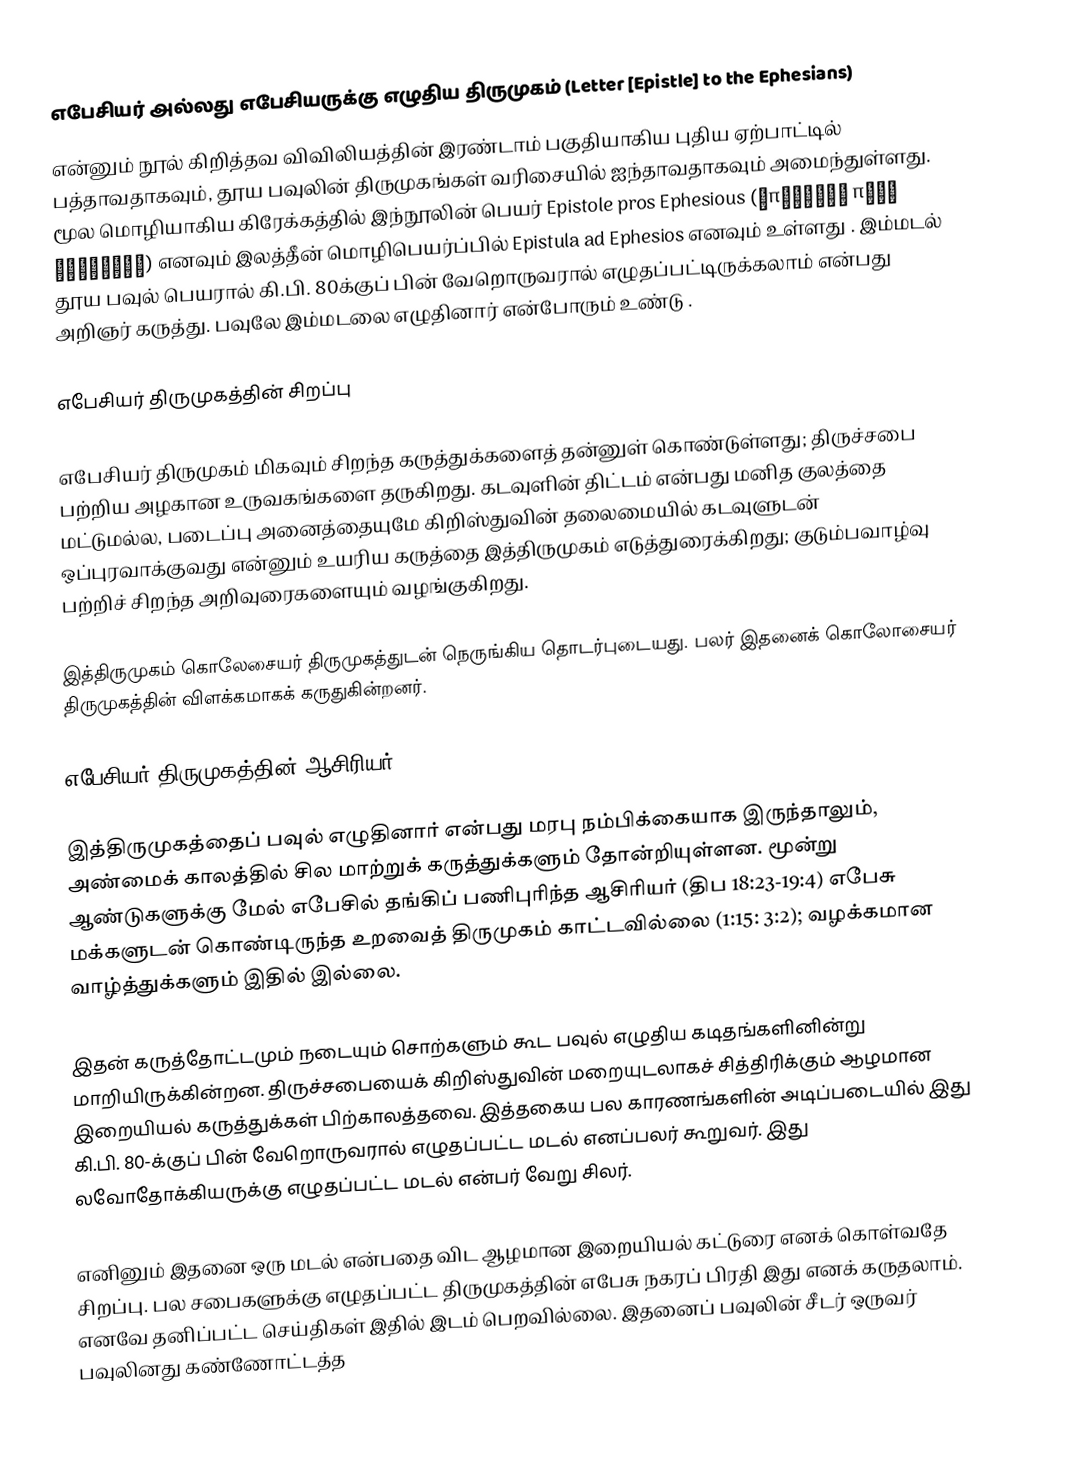
எபேசியர் அல்லது எபேசியருக்கு எழுதிய திருமுகம் (Letter [Epistle] to the Ephesians)
என்னும் நூல் கிறித்தவ விவிலியத்தின் இரண்டாம் பகுதியாகிய புதிய ஏற்பாட்டில் பத்தாவதாகவும், தூய பவுலின் திருமுகங்கள் வரிசையில் ஐந்தாவதாகவும் அமைந்துள்ளது. மூல மொழியாகிய கிரேக்கத்தில் இந்நூலின் பெயர்  Epistole pros Ephesious (Επιστολή προς Εφεσίους) எனவும் இலத்தீன் மொழிபெயர்ப்பில்  Epistula ad Ephesios  எனவும் உள்ளது .  இம்மடல் தூய பவுல்  பெயரால் கி.பி. 80க்குப் பின் வேறொருவரால் எழுதப்பட்டிருக்கலாம் என்பது அறிஞர் கருத்து. பவுலே இம்மடலை எழுதினார் என்போரும் உண்டு  .

எபேசியர் திருமுகத்தின் சிறப்பு

எபேசியர் திருமுகம் மிகவும் சிறந்த கருத்துக்களைத் தன்னுள் கொண்டுள்ளது; திருச்சபை பற்றிய அழகான உருவகங்களை தருகிறது. கடவுளின் திட்டம் என்பது மனித குலத்தை மட்டுமல்ல, படைப்பு அனைத்தையுமே கிறிஸ்துவின் தலைமையில் கடவுளுடன் ஒப்புரவாக்குவது என்னும் உயரிய கருத்தை இத்திருமுகம் எடுத்துரைக்கிறது; குடும்பவாழ்வு பற்றிச் சிறந்த அறிவுரைகளையும் வழங்குகிறது.

இத்திருமுகம் கொலேசையர் திருமுகத்துடன் நெருங்கிய தொடர்புடையது. பலர் இதனைக் கொலோசையர் திருமுகத்தின் விளக்கமாகக் கருதுகின்றனர்.

எபேசியர் திருமுகத்தின் ஆசிரியர்

இத்திருமுகத்தைப் பவுல் எழுதினார் என்பது மரபு நம்பிக்கையாக இருந்தாலும், அண்மைக் காலத்தில் சில மாற்றுக் கருத்துக்களும் தோன்றியுள்ளன. மூன்று ஆண்டுகளுக்கு மேல் எபேசில் தங்கிப் பணிபுரிந்த ஆசிரியர் (திப 18:23-19:4) எபேசு மக்களுடன் கொண்டிருந்த உறவைத் திருமுகம் காட்டவில்லை (1:15: 3:2); வழக்கமான வாழ்த்துக்களும் இதில் இல்லை.

இதன் கருத்தோட்டமும் நடையும் சொற்களும் கூட பவுல் எழுதிய கடிதங்களினின்று மாறியிருக்கின்றன. திருச்சபையைக் கிறிஸ்துவின் மறையுடலாகச் சித்திரிக்கும் ஆழமான இறையியல் கருத்துக்கள் பிற்காலத்தவை. இத்தகைய பல காரணங்களின் அடிப்படையில் இது கி.பி. 80-க்குப் பின் வேறொருவரால் எழுதப்பட்ட மடல் எனப்பலர் கூறுவர். இது லவோதோக்கியருக்கு எழுதப்பட்ட மடல் என்பர் வேறு சிலர்.

எனினும் இதனை ஒரு மடல் என்பதை விட ஆழமான இறையியல் கட்டுரை எனக் கொள்வதே சிறப்பு. பல சபைகளுக்கு எழுதப்பட்ட திருமுகத்தின் எபேசு நகரப் பிரதி இது எனக் கருதலாம். எனவே தனிப்பட்ட செய்திகள் இதில் இடம் பெறவில்லை. இதனைப் பவுலின் சீடர் ஒருவர் பவுலினது கண்ணோட்டத்த